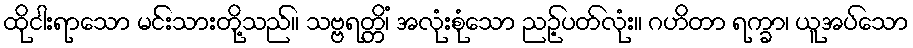
ထိုငါးရာသော မင်းသားတို့သည်။ သဗ္ဗရတ္တိံ၊ အလုံးစုံသော ညဉ့်ပတ်လုံး။ ဂဟိတာ ရက္ခာ၊ ယူအပ်သော